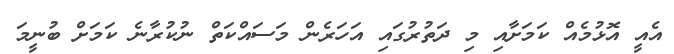
އެއީ އޮޅުމެއް ކަމަށާއި މި ދަތުރުގައި އަހަރެން މަސައްކަތް ނުކުރާނެ ކަމަށް ބުނީމަ